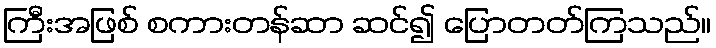
ကြီးအဖြစ် စကားတန်ဆာ ဆင်၍ ပြောတတ်ကြသည်။